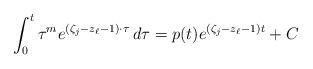
LaTeX: \begin{align*}\int_0^t\tau^me^{(\zeta_j-z_\ell-1)\cdot\tau}\,d\tau = p(t)e^{(\zeta_j-z_\ell-1)t}+C\end{align*}